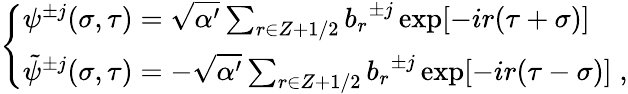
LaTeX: \left\{ \begin{array}{l}{{{\psi}^{\pm j}(\sigma,\tau)=\sqrt{\alpha^{\prime}}\sum_{r\in Z+1/2}{b_{r}}^{\pm j}\exp[-ir(\tau+\sigma)]}}\\ {{{\tilde{\psi}}^{\pm j}(\sigma,\tau)=-\sqrt{\alpha^{\prime}}\sum_{r\in Z+1/2}{b_{r}}^{\pm j}\exp[-ir(\tau-\sigma)]\; ,}}\end{array}\right.